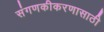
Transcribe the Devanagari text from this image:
संगणकीकरणासाठी